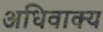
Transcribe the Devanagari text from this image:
अधिवाक्य